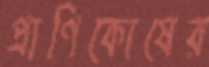
প্রাণিকোষের